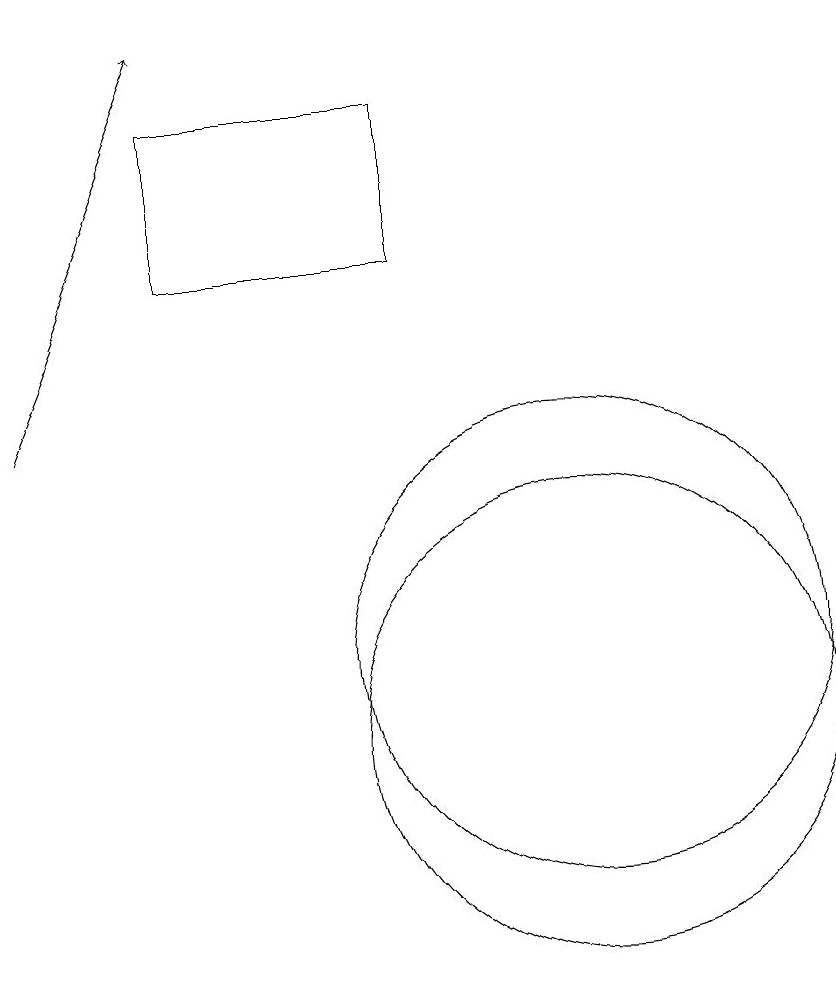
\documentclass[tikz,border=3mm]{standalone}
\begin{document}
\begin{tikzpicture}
\draw (10,11) circle (3);
\draw[->] (3,14) -- (5,19);
\draw (10,10) circle (3);
\draw (8,16) rectangle (5,18);
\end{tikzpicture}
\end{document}